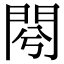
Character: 𨳣